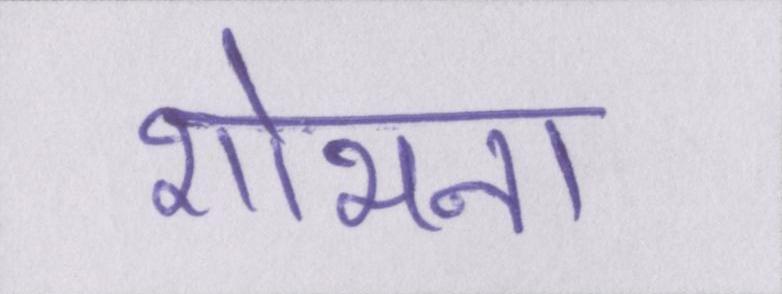
शोभना